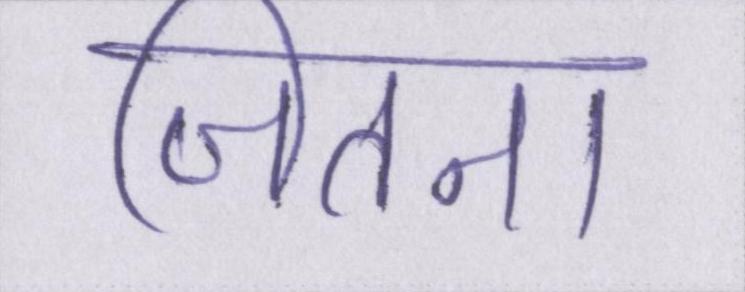
जितना